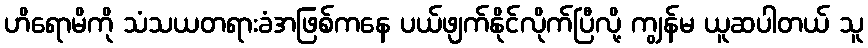
ဟိရောမိကို သံသယတရားခံအဖြစ်ကနေ ပယ်ဖျက်နိုင်လိုက်ပြီလို့ ကျွန်မ ယူဆပါတယ် သူ